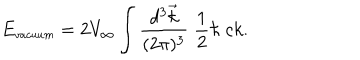
LaTeX: E _ { \small v a c u u m } = 2 V _ { \infty } \int { \frac { d ^ { 3 } \vec { k } } { ( 2 \pi ) ^ { 3 } } } \; { \frac { 1 } { 2 } } \hbar \; c k .